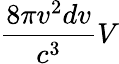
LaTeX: {\frac{8\pi v^{2}dv}{c^{3}}}V